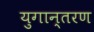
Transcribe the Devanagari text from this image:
युगान्तरण